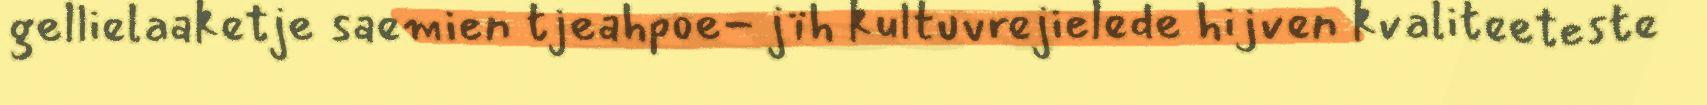
gellielaaketje saemien tjeahpoe- jïh kultuvrejielede hijven kvaliteeteste